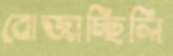
বোজাচ্ছিলি